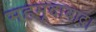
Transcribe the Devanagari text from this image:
महमूदाबाद।